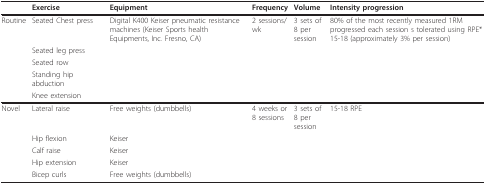
<table><thead><tr><td></td><td><b>Exercise</b></td><td><b>Equipment</b></td><td><b>Frequency</b></td><td><b>Volume</b></td><td><b>Intensity progression</b></td></tr></thead><tbody><tr><td>Routine</td><td>Seated Chest press</td><td>Digital K400 Keiser pneumatic resistance machines (Keiser Sports health Equipments, Inc. Fresno, CA)</td><td>2 sessions/wk</td><td>3 sets of 8 per session</td><td>80% of the most recently measured 1RM progressed each session s tolerated using RPE* 15-18 (approximately 3% per session)</td></tr><tr><td></td><td>Seated leg press</td><td></td><td></td><td></td><td></td></tr><tr><td></td><td>Seated row</td><td></td><td></td><td></td><td></td></tr><tr><td></td><td>Standing hip abduction</td><td></td><td></td><td></td><td></td></tr><tr><td></td><td>Knee extension</td><td></td><td></td><td></td><td></td></tr><tr><td>Novel</td><td>Lateral raise</td><td>Free weights (dumbbells)</td><td>4 weeks or 8 sessions</td><td>3 sets of 8 per session</td><td>15-18 RPE</td></tr><tr><td></td><td>Hip flexion</td><td>Keiser</td><td></td><td></td><td></td></tr><tr><td></td><td>Calf raise</td><td>Keiser</td><td></td><td></td><td></td></tr><tr><td></td><td>Hip extension</td><td>Keiser</td><td></td><td></td><td></td></tr><tr><td></td><td>Bicep curls</td><td>Free weights (dumbbells)</td><td></td><td></td><td></td></tr></tbody></table>